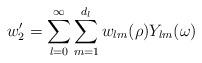
LaTeX: \begin{align*}w'_2=\sum_{l=0}^\infty\sum_{m=1}^{d_l}w_{lm}(\rho)Y_{lm}(\omega)\end{align*}